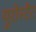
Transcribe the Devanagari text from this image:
यूरोस्टैट